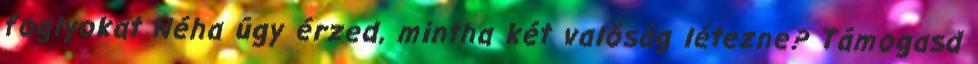
foglyokat Néha úgy érzed, mintha két valóság létezne? Támogasd